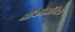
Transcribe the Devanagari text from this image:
ओंकोजनिक